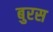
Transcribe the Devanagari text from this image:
बुरस